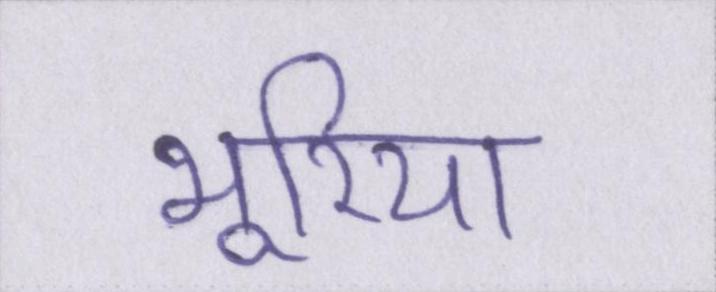
भूरिया